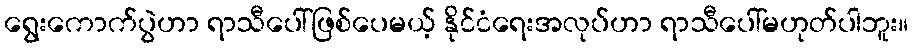
ရွေးကောက်ပွဲဟာ ရာသီပေါ်ဖြစ်ပေမယ့် နိုင်ငံရေးအလုပ်ဟာ ရာသီပေါ်မဟုတ်ပါဘူး။